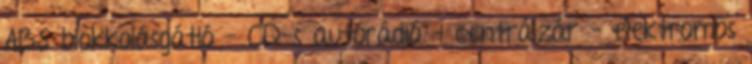
ABS blokkolásgátló – CD-s autórádió – centrálzár – elektromos